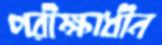
পরীক্ষাধীন